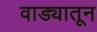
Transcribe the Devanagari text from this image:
वाड्यातून